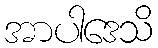
အာပါဒေသိ